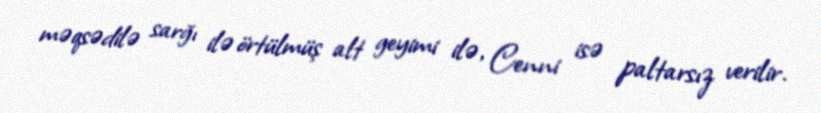
məqsədilə sarğı ilə örtülmüş alt geyimi ilə, Cenni isə paltarsız verilir.